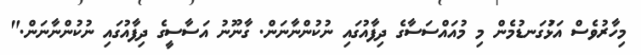
މިހާރުވެސް އަޅުަގަނޑުމެން މި މުއައްސަސާގެ ދިފާއުގައި ނުކުންނާނަން. ގާނޫނު އަސާސީގެ ދިފާއުގައި ނުކުންނާނަން."